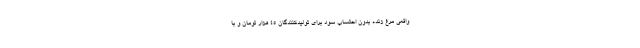
واقعی مرغ زنده بدون احتساب سود برای تولیدکنندگان ۴۵ هزار تومان و با